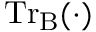
\mathrm { T r } _ { \mathrm { B } } ( \cdot )